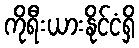
ကိုရီးယားနိုင်ငံရှိ